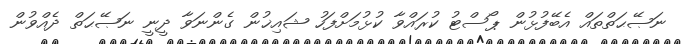
ނަޞޭޙަތްތައް އެބޭފުޅުން ޕޯސްޓު ކުރައްވާ ކުޅުމަށްފަހު ޝައިޚުން ގެންނަވާ ދީނީ ނަޞޭޙަތް ދެއްވުން